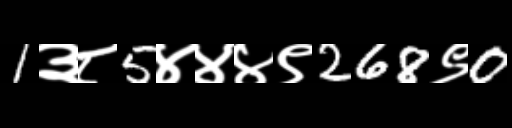
Text: 1३८5४४४९268९0